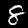
Label: 8